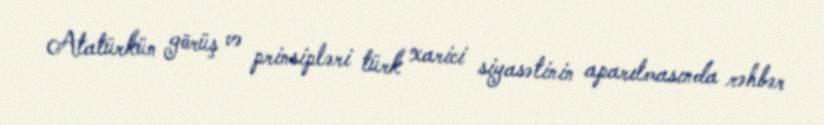
Atatürkün görüş və prinsipləri türk xarici siyasətinin aparılmasında rəhbər